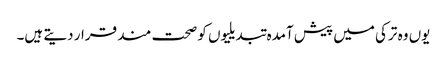
یوں وہ ترکی میں پیش آمدہ تبدیلیوں کو صحت مند قرار دیتے ہیں۔